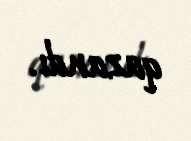
qazandı.